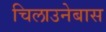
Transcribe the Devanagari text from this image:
चिलाउनेबास